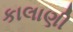
કાલાણી